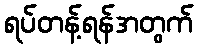
ရပ်တန့်ရန်အတွက်